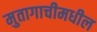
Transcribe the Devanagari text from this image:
मुतागाचीमधील